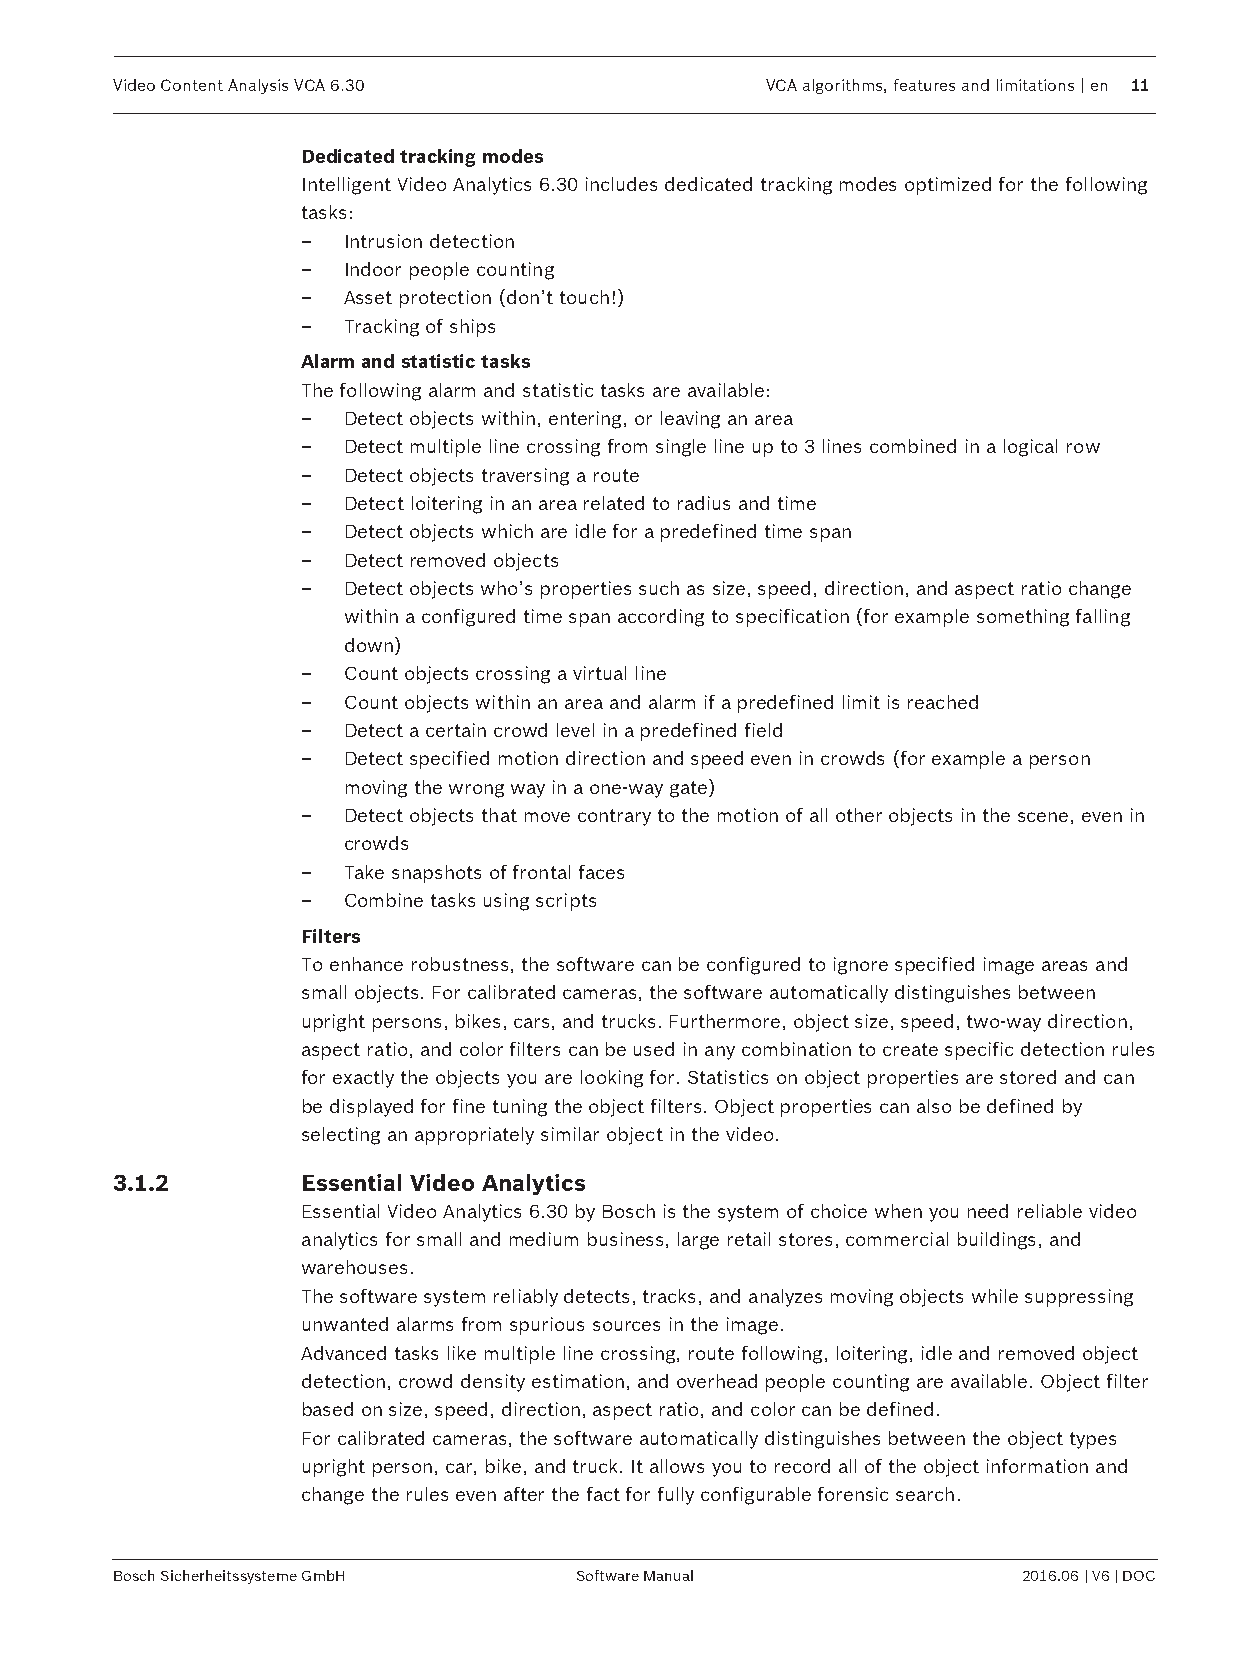
Video Content Analysis VCA 6.30            VCA algorithms, features and limitations | en 11
 Dedicated tracking modes
 Intelligent Video Analytics 6.30 includes dedicated tracking modes optimized for the following
 tasks:
 –  Intrusion detection
 –  Indoor people counting
 –  Asset protection (don’t touch!)
 –  Tracking of ships
 Alarm and statistic tasks
 The following alarm and statistic tasks are available:
 –  Detect objects within, entering, or leaving an area
 –  Detect multiple line crossing from single line up to 3 lines combined in a logical row
 –  Detect objects traversing a route
 –  Detect loitering in an area related to radius and time
 –  Detect objects which are idle for a predefined time span
 –  Detect removed objects
 –  Detect objects who’s properties such as size, speed, direction, and aspect ratio change
 within a configured time span according to specification (for example something falling
 down)
 –  Count objects crossing a virtual line
 –  Count objects within an area and alarm if a predefined limit is reached
 –  Detect a certain crowd level in a predefined field
 –  Detect specified motion direction and speed even in crowds (for example a person
 moving the wrong way in a one-way gate)
 –  Detect objects that move contrary to the motion of all other objects in the scene, even in
 crowds
 –  Take snapshots of frontal faces
 –  Combine tasks using scripts
 Filters
 To enhance robustness, the software can be configured to ignore specified image areas and
 small objects. For calibrated cameras, the software automatically distinguishes between
 upright persons, bikes, cars, and trucks. Furthermore, object size, speed, two-way direction,
 aspect ratio, and color filters can be used in any combination to create specific detection rules
 for exactly the objects you are looking for. Statistics on object properties are stored and can
 be displayed for fine tuning the object filters. Object properties can also be defined by
 selecting an appropriately similar object in the video.
 3.1.2       Essential Video Analytics
 Essential Video Analytics 6.30 by Bosch is the system of choice when you need reliable video
 analytics for small and medium business, large retail stores, commercial buildings, and
 warehouses.
 The software system reliably detects, tracks, and analyzes moving objects while suppressing
 unwanted alarms from spurious sources in the image.
 Advanced tasks like multiple line crossing, route following, loitering, idle and removed object
 detection, crowd density estimation, and overhead people counting are available. Object filter
 based on size, speed, direction, aspect ratio, and color can be defined.
 For calibrated cameras, the software automatically distinguishes between the object types
 upright person, car, bike, and truck. It allows you to record all of the object information and
 change the rules even after the fact for fully configurable forensic search.
 Bosch Sicherheitssysteme GmbH Software Manual               2016.06 | V6 | DOC